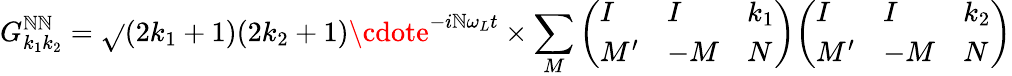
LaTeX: G_{k_{1}k_{2}}^{\mathbb{N}\mathbb{N}}={\sqrt{}{{(2k_{1}+1)(2k_{2}+1)}}}\cdote^{-i\mathbb{N}\omega_{L}t}\times\sum_{M}{\left(\begin{array}{lll}{I}&{I}&{k_{1}}\\ {M^{\prime}}&{-M}&{N}\end{array}\right)}{\left(\begin{array}{lll}{I}&{I}&{k_{2}}\\ {M^{\prime}}&{-M}&{N}\end{array}\right)}